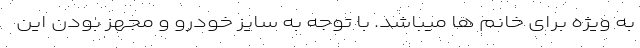
به ویژه برای خانم ها میباشد. با توجه به سایز خودرو و مجهز بودن این